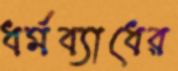
ধর্মব্যাধের